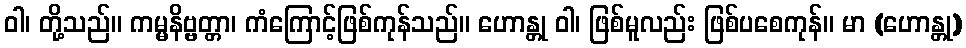
ဝါ၊ တို့သည်။ ကမ္မနိဗ္ဗတ္တာ၊ ကံကြောင့်ဖြစ်ကုန်သည်။ ဟောန္တု ဝါ၊ ဖြစ်မူလည်း ဖြစ်ပစေကုန်။ မာ (ဟောန္တု)